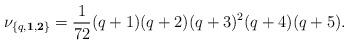
LaTeX: \begin{align*}\nu_{\{q,{\bf 1},{\bf 2}\}} = {1\over 72}(q+1)(q+2)(q+3)^2(q+4)(q+5).\end{align*}